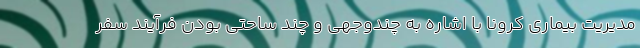
مدیریت بیماری کرونا با اشاره به چندوجهی و چند ساحتی بودن فرآیند سفر